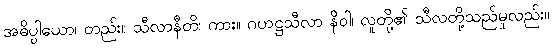
အဓိပ္ပါယော၊ တည်း။ သီလာနီတိ၊ ကား။ ဂဟဋ္ဌသီလာ နိဝါ၊ လူတို့၏ သီလတို့သည်မူလည်း။